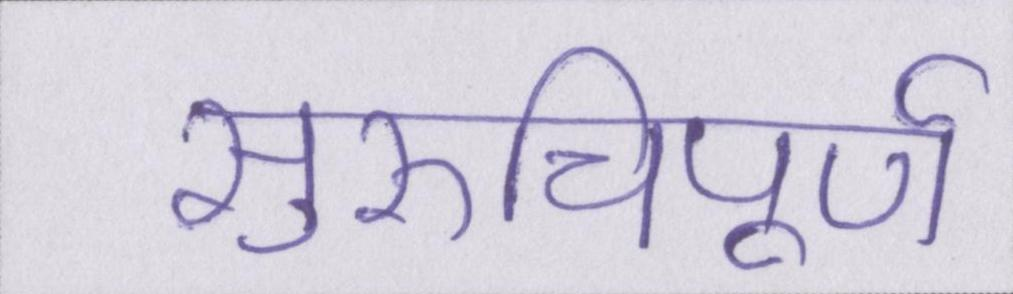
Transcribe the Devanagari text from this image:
सुरुचिपूर्ण